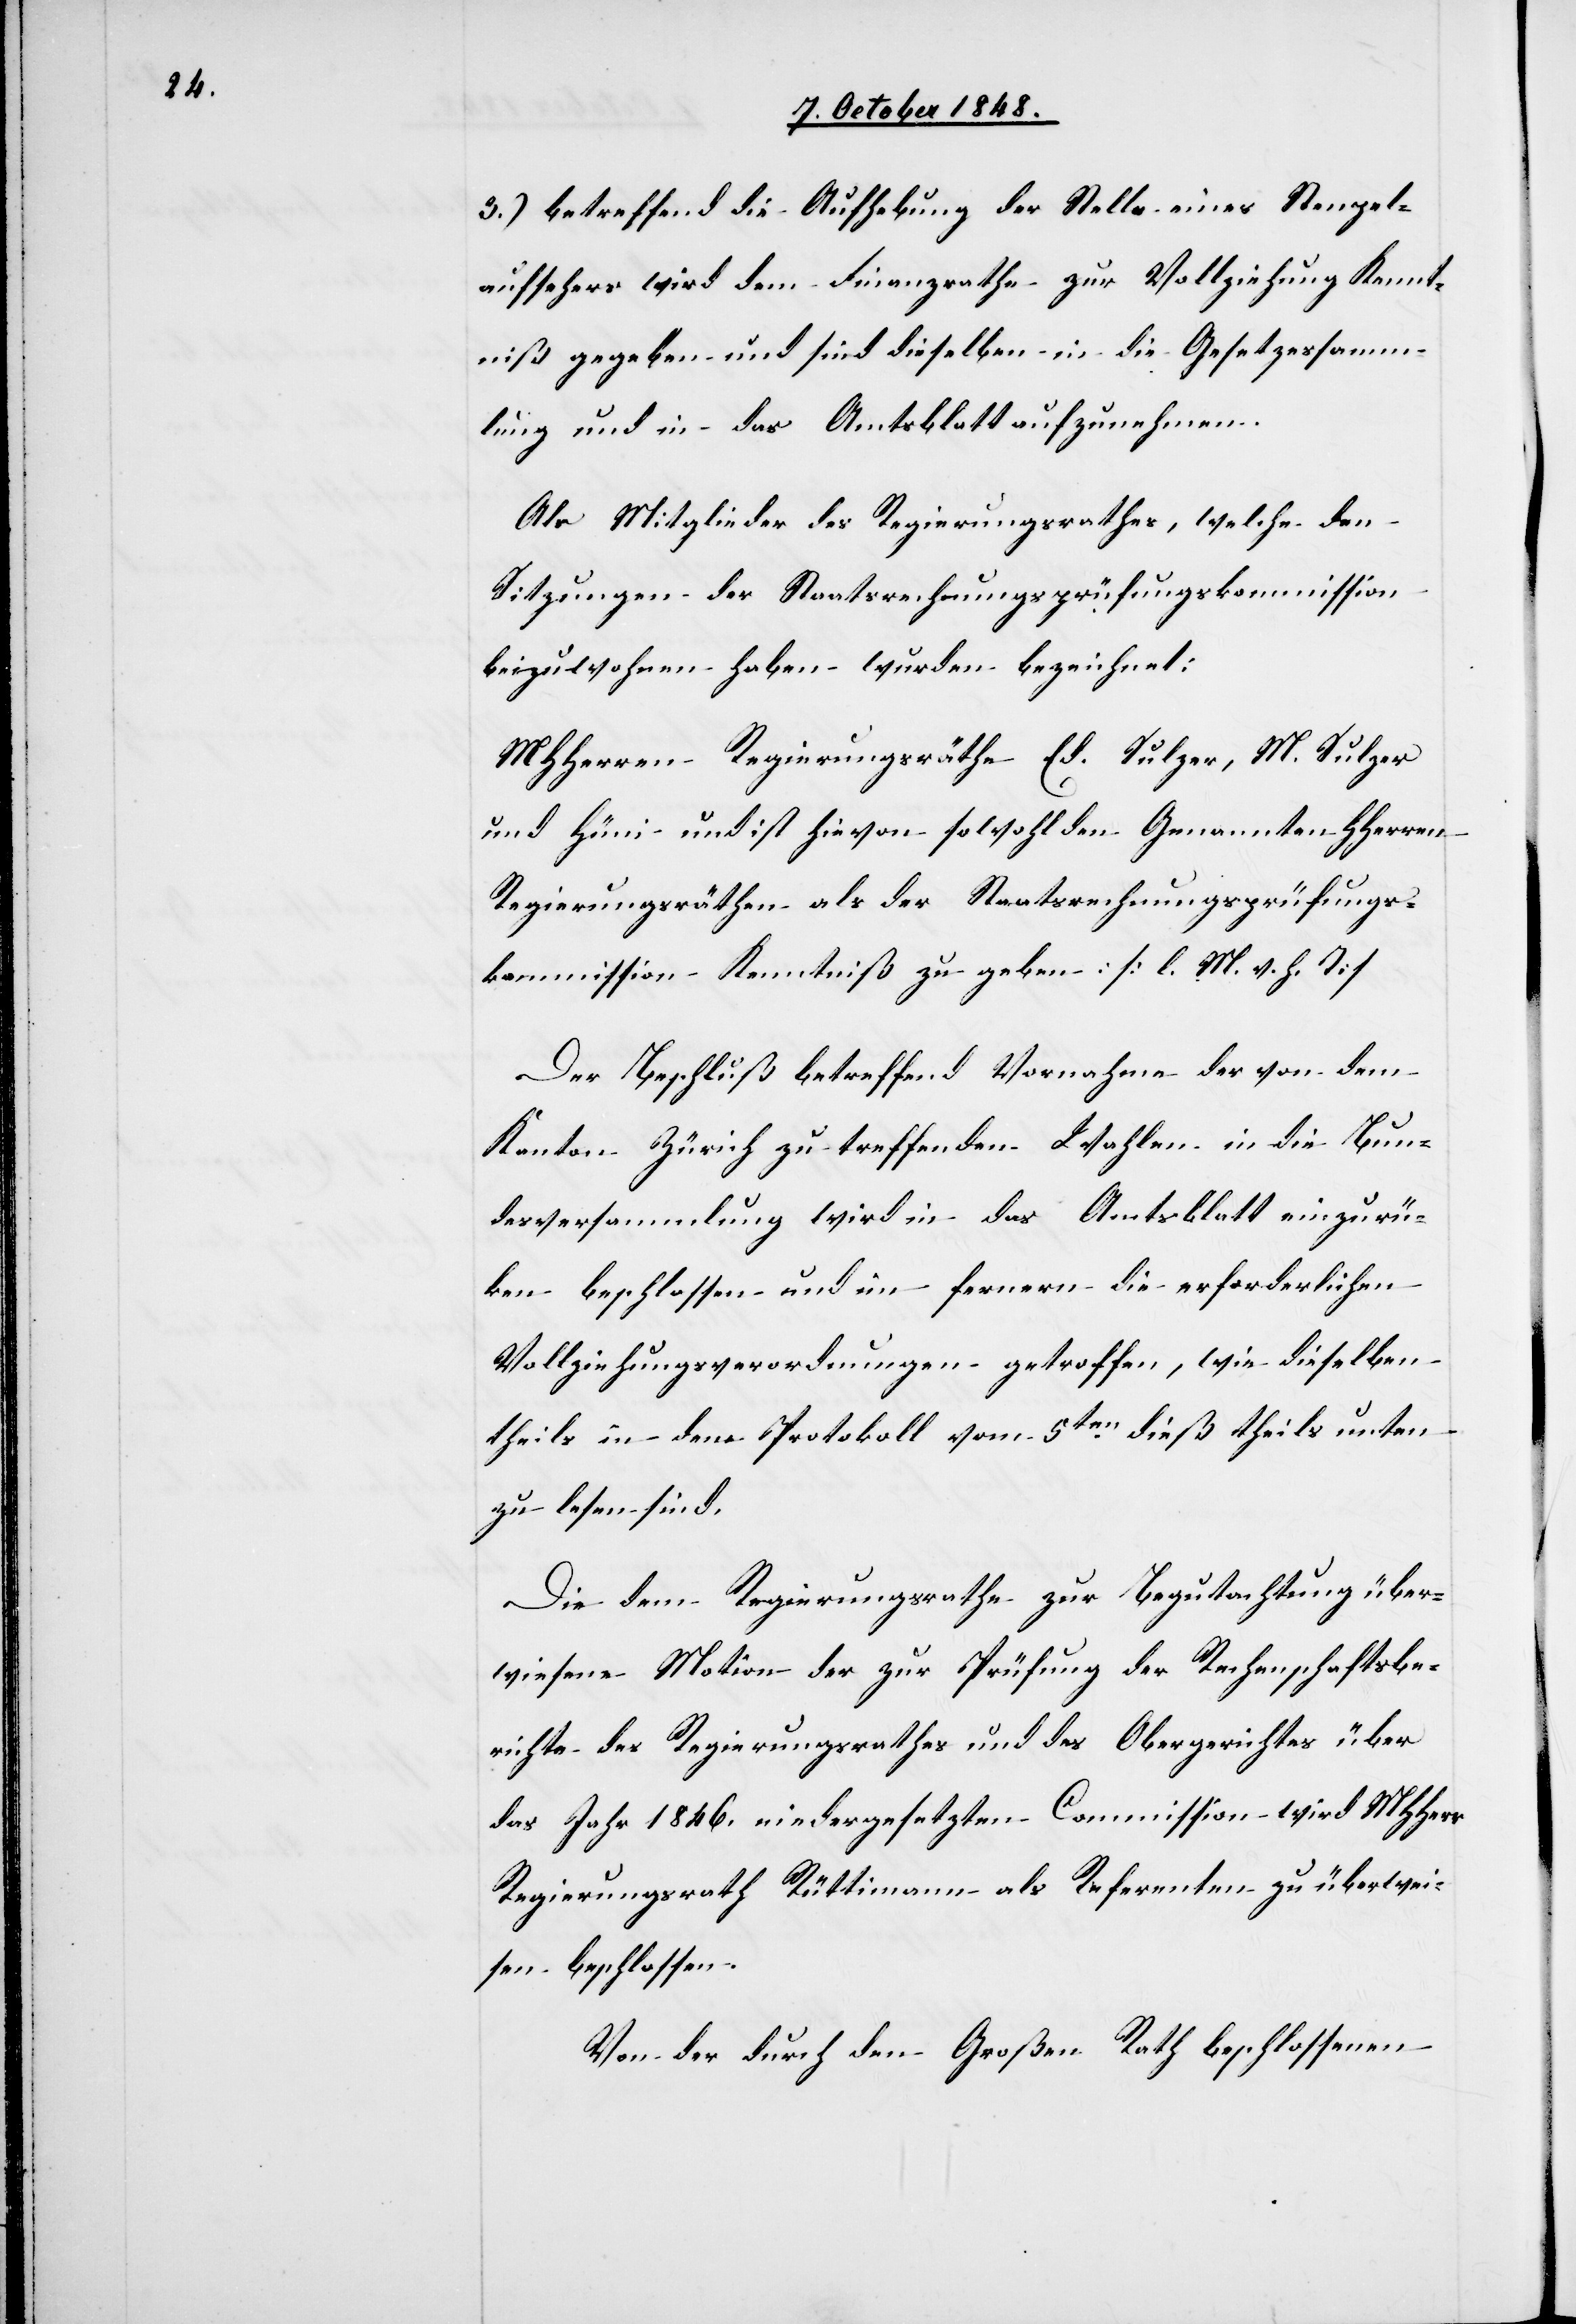
3.) betreffend die Aufhebung der Stelle eines Stenpel¬
aufsehers [sic!] wird dem Finanzrathe zur Vollziehung Kennt¬
niß gegeben und sind dieselben in die Gesetzessamm¬
lung und in das Amtsblatt aufzunehmen.
Als Mitglieder des Regierungsrathes, welche den
Sitzungen der Staatsrechungsprüfungskommission
beizuwohnen haben wurden bezeichnet:
MHHerren Regierungsräthe Ed. Sulzer, M. Sulzer
und Hüni und ist hievon sowohl den Genannten HHerren
Regierungsräthen als der Staatsrechnungsprüfungs¬
kommission Kenntniß zu geben. [l. M. v. h. T]
Der Beschluß betreffend Vornahme der von dem
Kanton Zürich zu treffenden Wahlen in die Bun¬
desversammlung wird in das Amtsblatt einzurüc¬
ken beschlossen und im fernern die erforderlichen
Vollziehungsverordnungen getroffen, wie dieselben
theils in dem Protokoll vom 5ten. dieß theils unten
zu lesen sind.
Die dem Regierungsrathe zur Begutachtung über¬
wiesene Motion der zur Prüfung der Rechenschaftsbe¬
richte des Regierungsrathes und des Obergerichtes über
das Jahr 1846. niedergesetzten Commission wird MHHerr
Regierungsrath Rüttimann als Referenten zu überwei¬
sen beschlossen.
Von der durch den Großen Rath beschlossenen